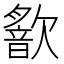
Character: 𣤣